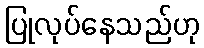
ပြုလုပ်နေသည်ဟု